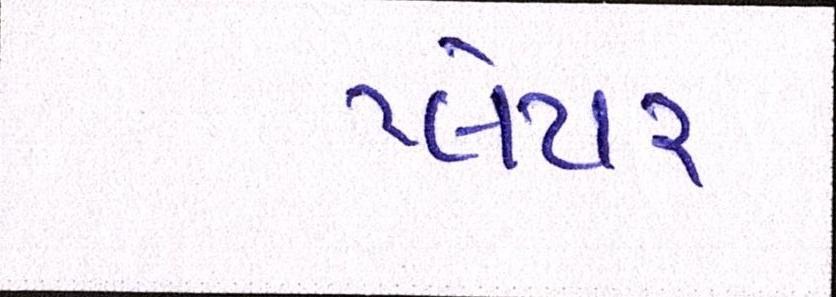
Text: પ્લેયર